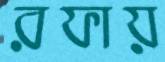
রফায়